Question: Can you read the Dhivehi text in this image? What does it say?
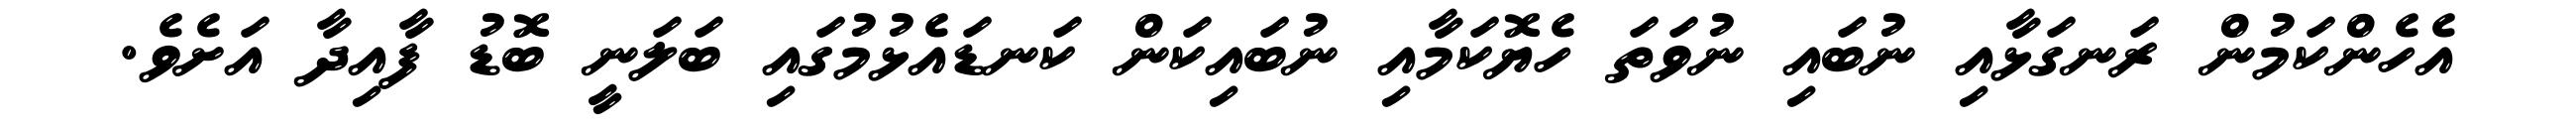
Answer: އެހެންކަމުން ރަނގަޅާއި ނުބައި ނުވަތަ ހެޔޮކަމާއި ނުބައިކަން ކަނޑައެޅުމުގައި ބަލަނީ ބޮޑު ފާއިދާ އަށެވެ.